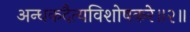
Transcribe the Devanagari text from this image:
अन्धकदैत्यविशोषकरे॥२॥